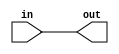
/* Topics: 
    - Module Declaration
    - Input and Output ports
    - Continuous Assignment
*/

module Wires(
    input in,
    output out 
    // ! Attention Please ---> NO comma for the last port
);
    assign out = in ;
endmodule

/*  Many modules can be declared in one file, but it is better to
    organize your files with specific names.

    The following module we will play with some wire :
    a ---> w
    b ---> x
    b ---> y
    c ---> z
*/

module play_with_wires(
    input a,b,c,
    output w,x,y,z
);
    assign w = a;
    assign x = b;
    assign y = b;
    assign z = c;
endmodule